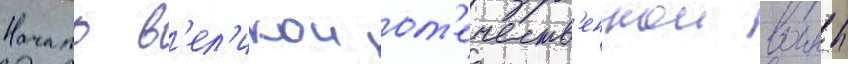
Начало в'ел'икои от'ечеств'еннои воины